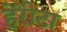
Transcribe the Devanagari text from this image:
हेंरीटा